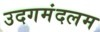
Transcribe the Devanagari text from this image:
उदगमंदलम